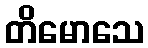
တိမောသေ